Jaan_Tonisson_(Lasteleht), lk 308
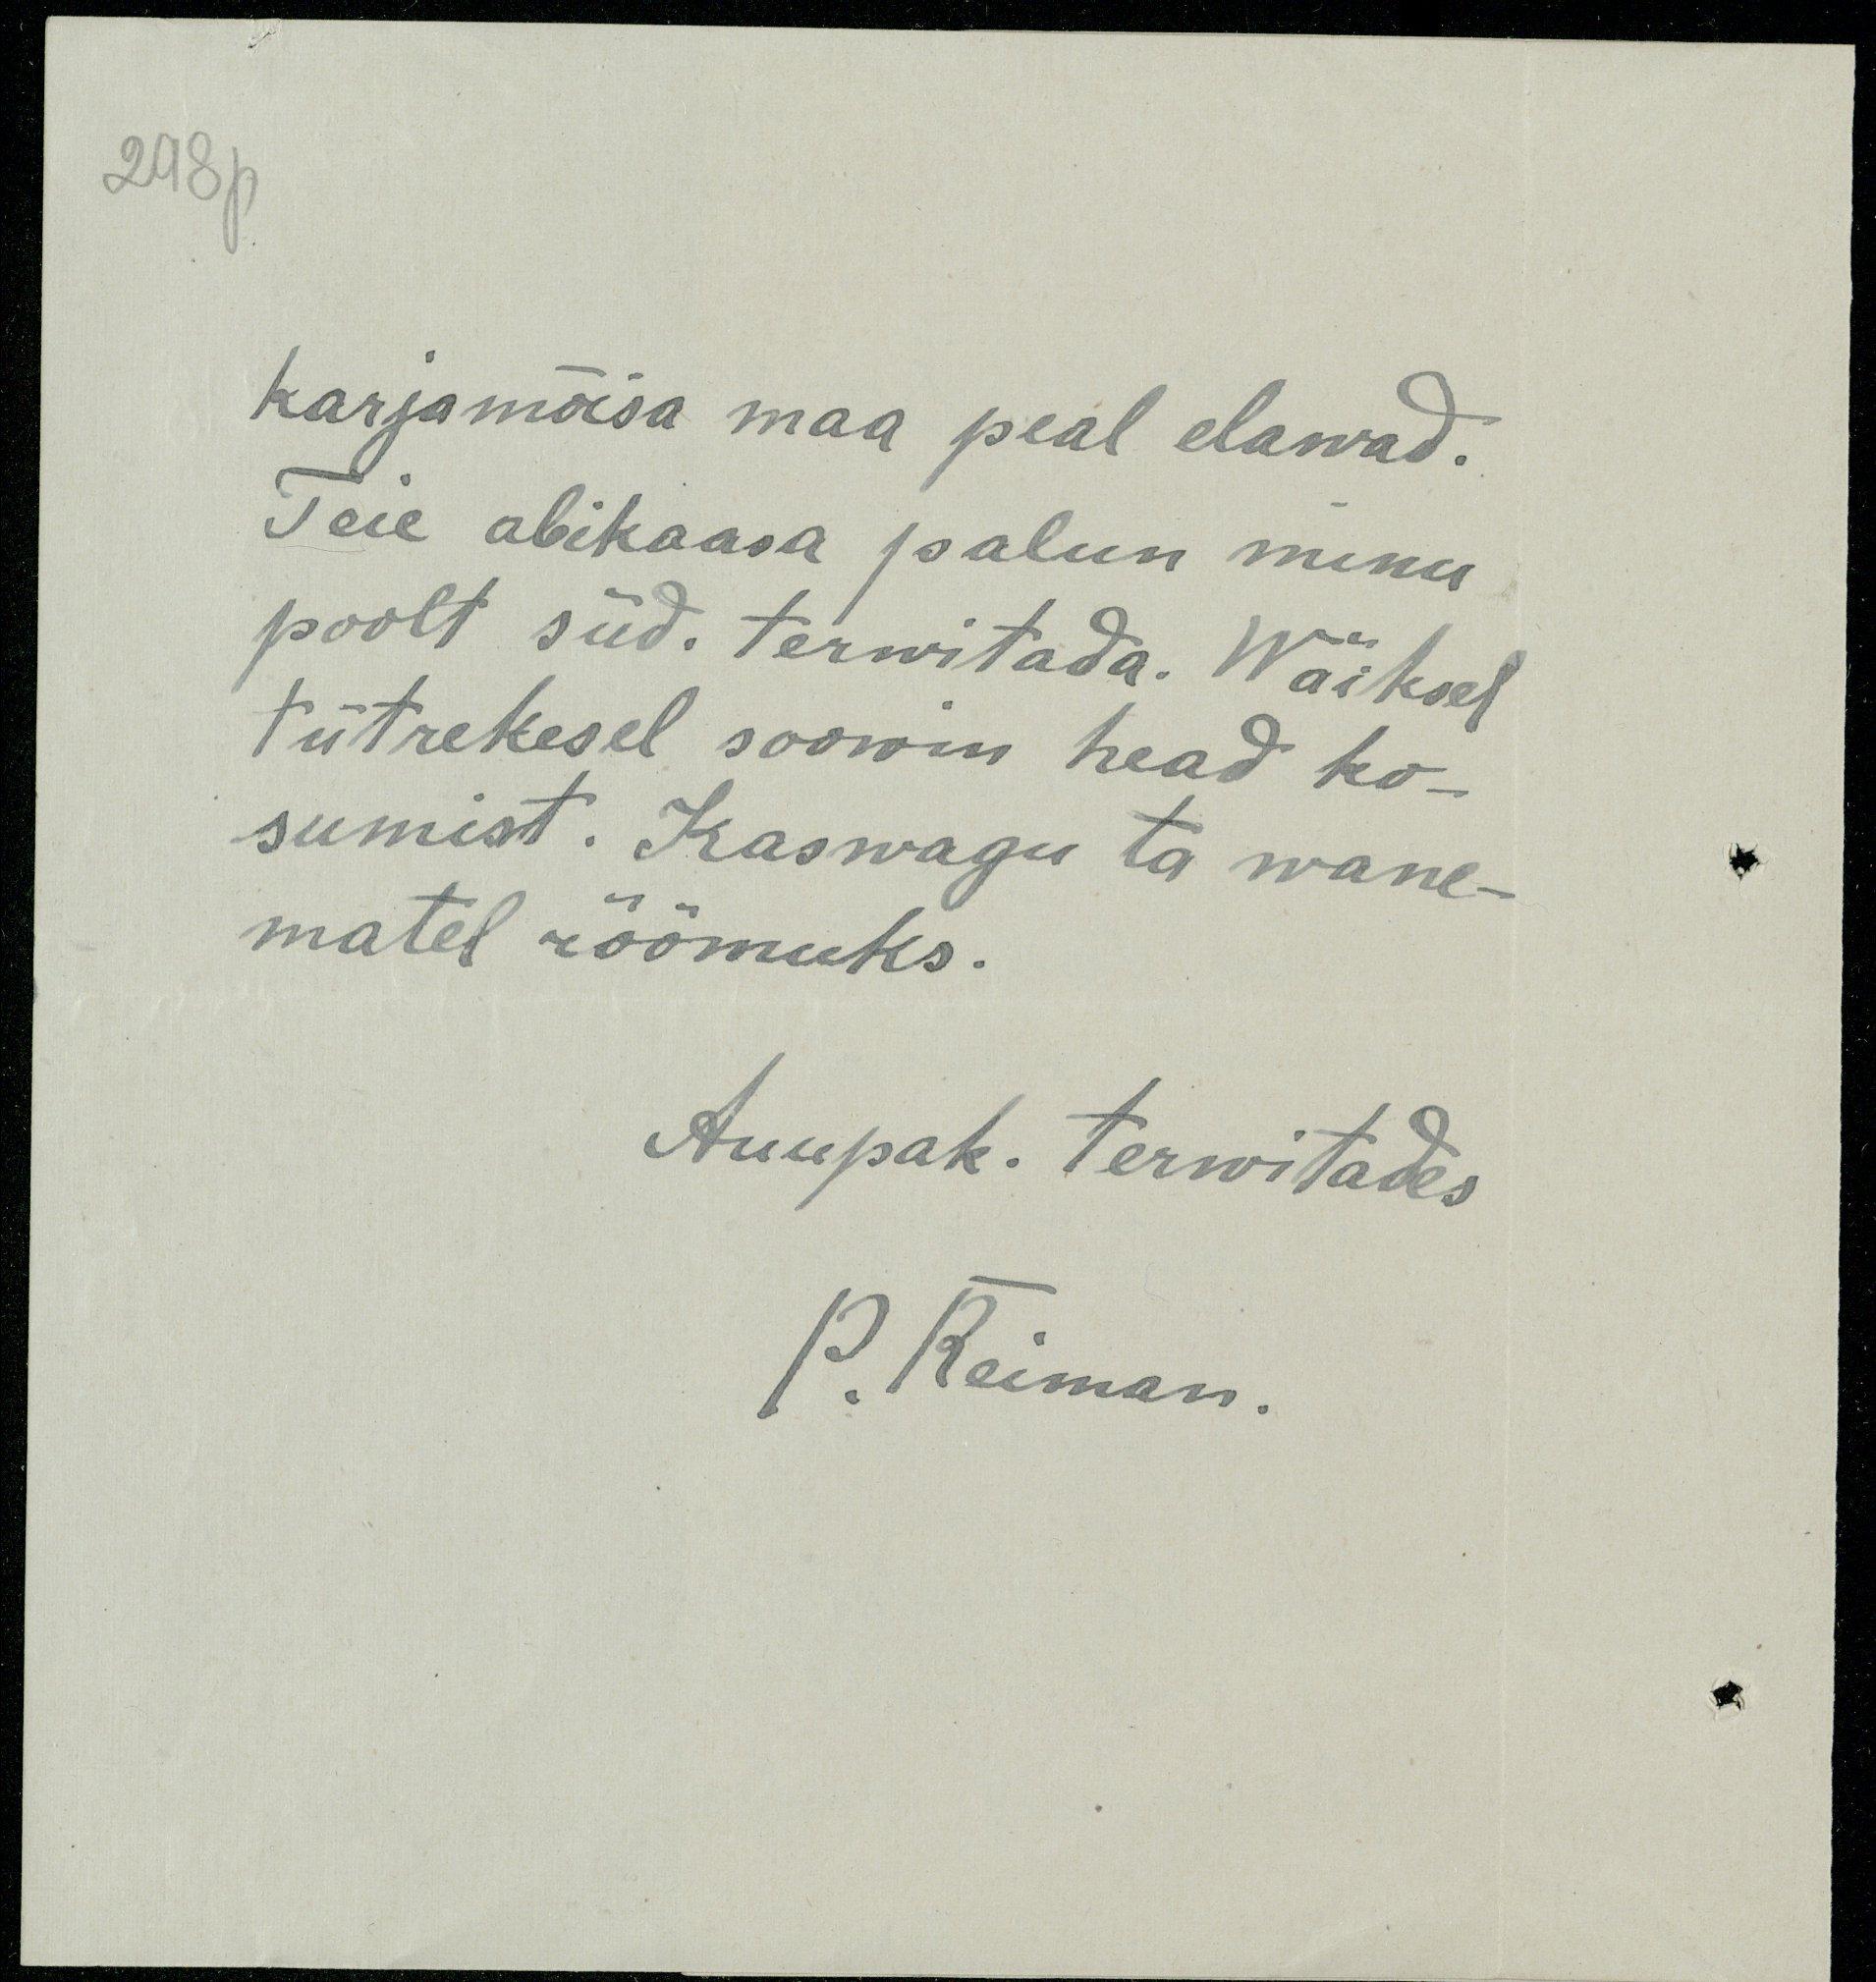
298p
karjamõisa maa peal elawad.
Teie abikaasa palun minu
poolt süd. terwitada. Wäiksel
tütrekesel soowin head ko-
sumist. Kaswagu ta wane-
matel rõõmuks.
Auupak. terwitades
P. Reiman.